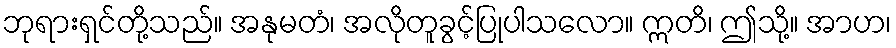
ဘုရားရှင်တို့သည်။ အနုမတံ၊ အလိုတူခွင့်ပြုပါသလော။ ဣတိ၊ ဤသို့။ အာဟ၊